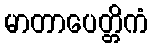
မာတာပေတ္တိကံ